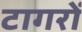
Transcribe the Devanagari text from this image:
टागरों